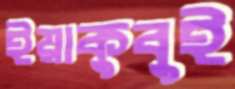
ইয়াকুবুই